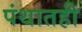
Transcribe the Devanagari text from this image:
पंथातही